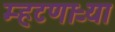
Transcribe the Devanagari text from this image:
म्हटणाऱ्या